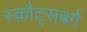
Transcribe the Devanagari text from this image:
स्कौट्सबर्ग